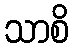
သာစိ